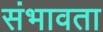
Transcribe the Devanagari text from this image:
संभावता